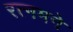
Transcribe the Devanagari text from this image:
रत्नमने